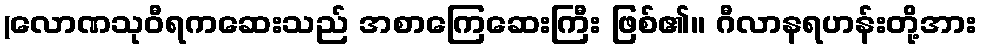
(လောဏသုဝီရကဆေးသည် အစာကြေဆေးကြီး ဖြစ်၏။ ဂီလာနရဟန်းတို့အား